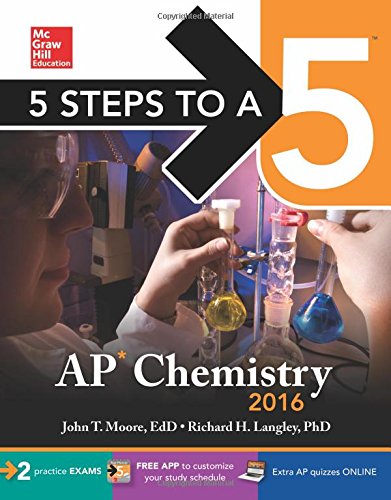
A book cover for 5 Steps to a 5 AP Chemistry 2016 (5 Steps to a 5 on the Advanced Placement Examinations Series); John Moore; Test Preparation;